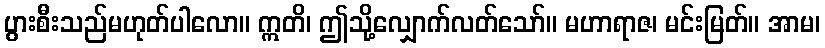
ပွားစီးသည်မဟုတ်ပါလော။ ဣတိ၊ ဤသို့လျှောက်လတ်သော်။ မဟာရာဇ၊ မင်းမြတ်။ အာမ၊